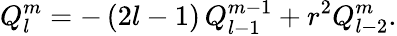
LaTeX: Q_{l}^{m}=-\, (2l-1)\, Q_{l-1}^{m-1}+r^{2}Q_{l-2}^{m}.